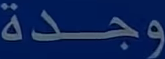
وجدة